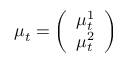
\mu _ { t } = { \left( \begin{array} { l } { \mu _ { t } ^ { 1 } } \\ { \mu _ { t } ^ { 2 } } \end{array} \right) }